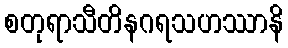
စတုရာသီတိနဂရသဟဿာနိ